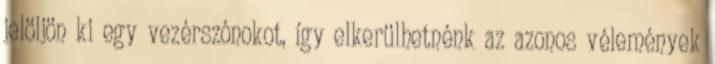
jelöljön ki egy vezérszónokot, így elkerülhetnénk az azonos vélemények